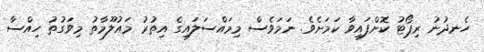
ހެނދުނު ރިޕޯޓު ކޮށްފައިވާ ކަމަށެވެ. ނަމަވެސް މިމައްސަލައިގެ އިތުރު މައުލޫމާތު މިވަގުތު ހިއްސާ